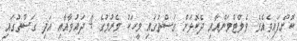
ކޮށްފައިވެއެވެ. ވެލްޓްމަންއާއި ދެކޮޅަށް ގަސްތުގައި މީހަކު މެރުމުގެ 4 ދައުވާއާއި އަދި ގަސްތުގައި